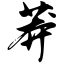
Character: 莽